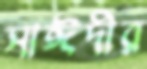
সাঈদীর